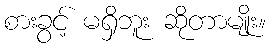
စားခွင့် မရှိဘူး ဆိုတာမျိုး။